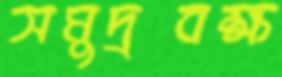
সমুদ্রবক্ষ